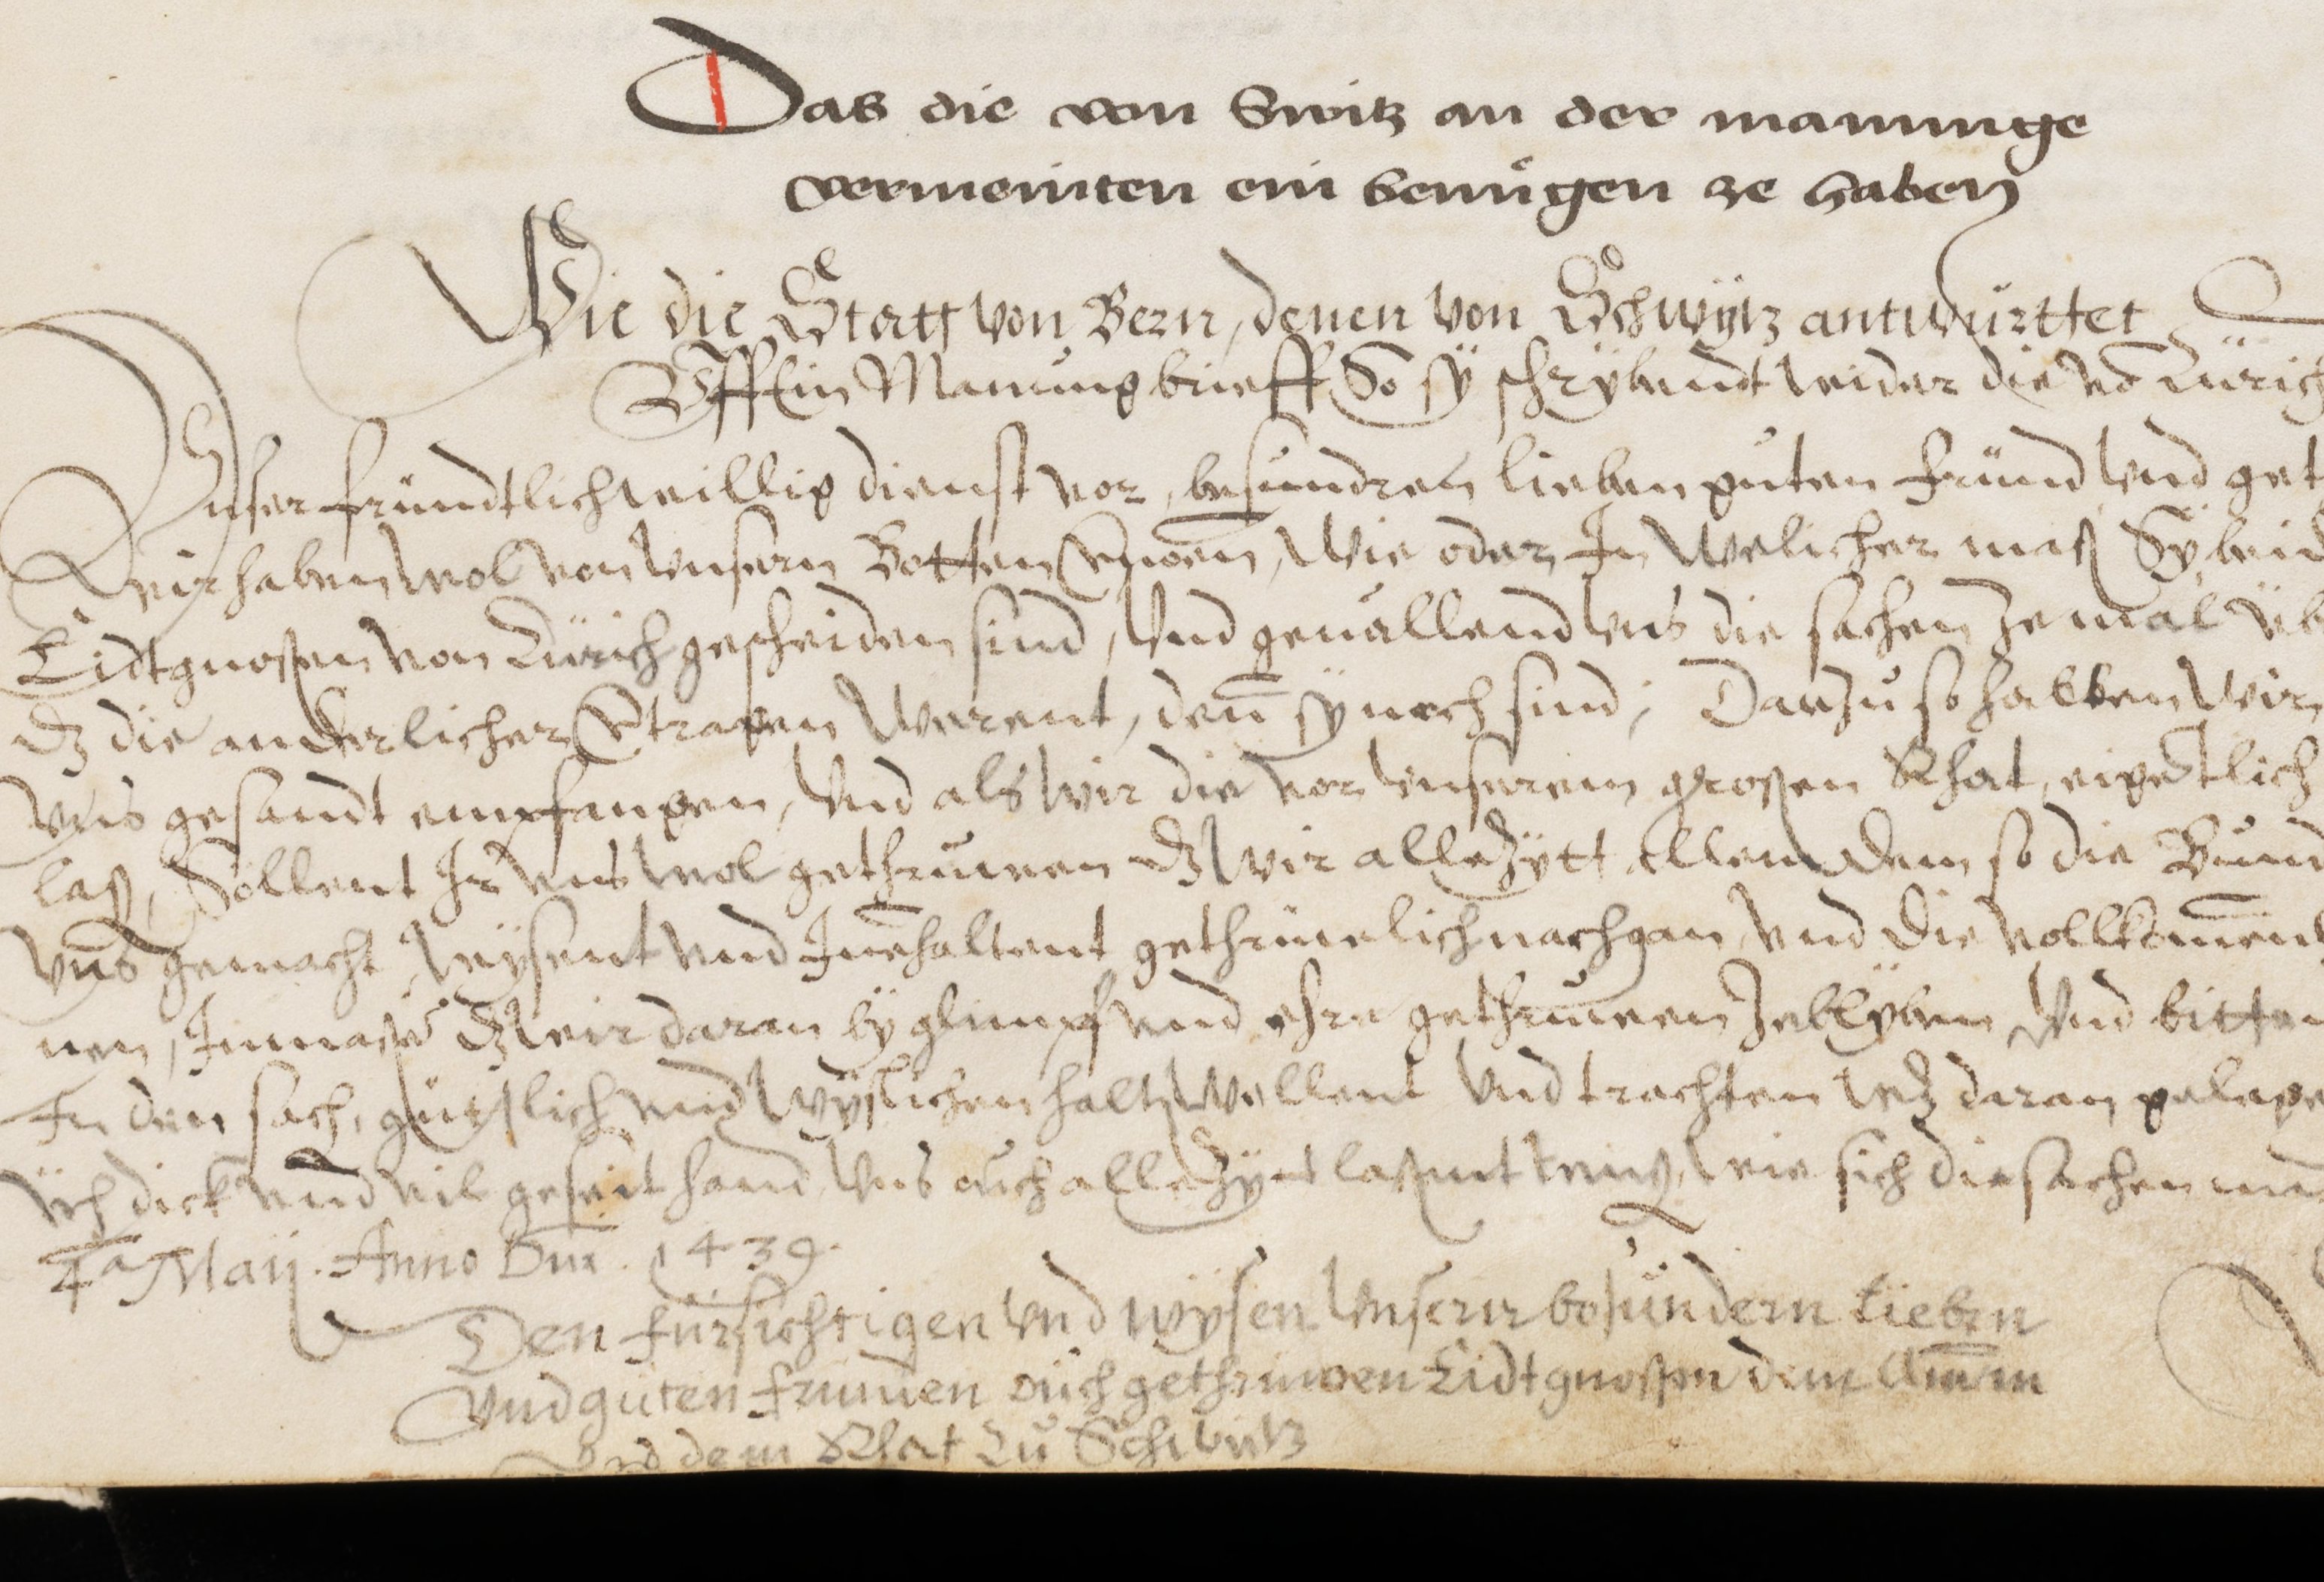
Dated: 1478–1483